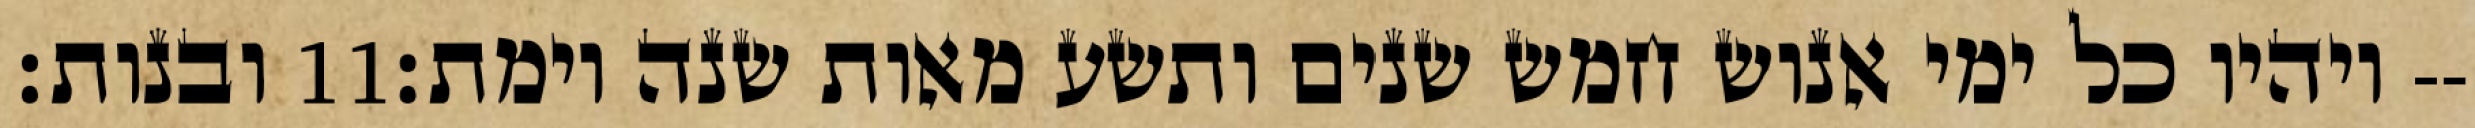
ובנות׃ ‎11‏ ויהיו כל ימי אנוש חמש שנים ותשע מאות שנה וימת׃--